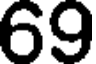
69